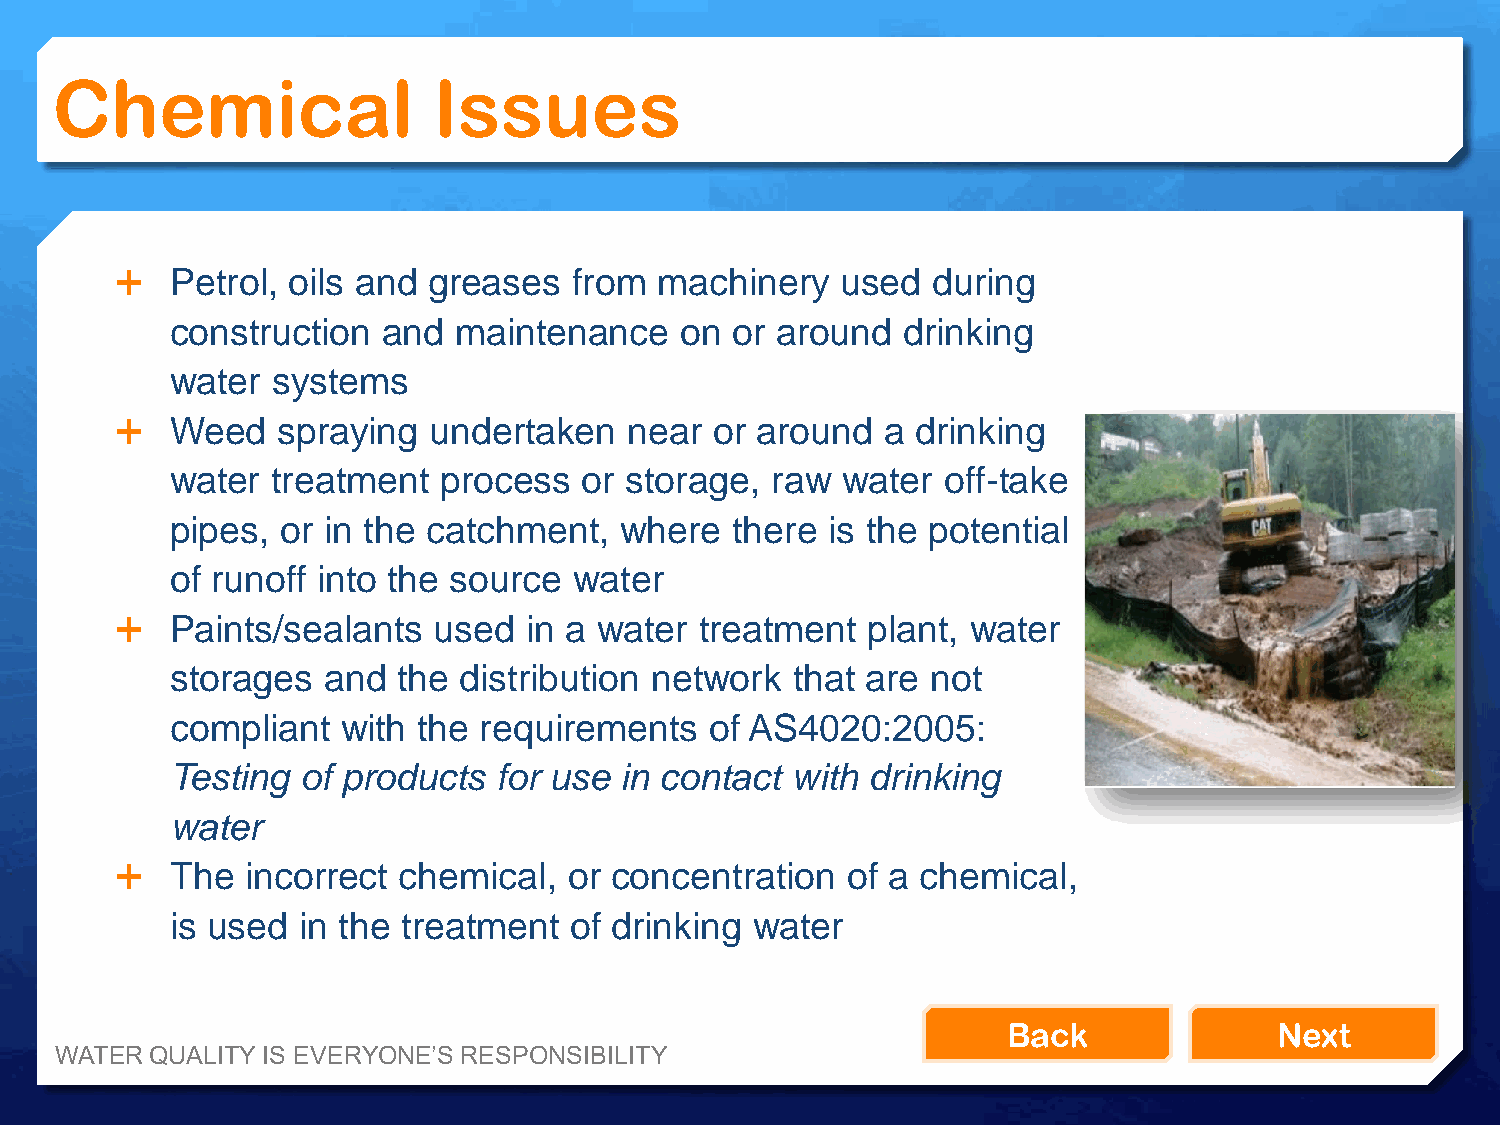
Chemical                  Issues
   Petrol, oils and greases   from  machinery   used  during
 construction  and  maintenance    on or around   drinking
 water  systems
   Weed   spraying  undertaken    near or around   a drinking
 water  treatment  process   or storage, raw  water  off-take
 pipes,  or in the catchment,  where  there  is the potential
 of runoff into the source  water
   Paints/sealants   used  in a water treatment  plant, water
 storages  and  the distribution network   that are not
 compliant   with the requirements   of AS4020:2005:
 Testing  of products  for use in contact with  drinking
 water
   The  incorrect chemical,   or concentration  of a chemical,
 is used  in the treatment  of drinking water
 Back              Next
 WATER QUALITY IS EVERYONE’S RESPONSIBILITY